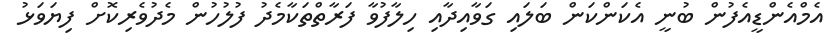
އެމްއެންޑީއެފުން ބުނީ އެކަންކަން ބަލައި ގަވާއިދާއި ހިލާފުވާ ފަރާތްތަކާމެދު ފުލުހުން މެދުވެރިކޮށް ފިޔަވަޅު